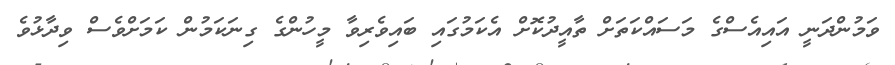
ވަމުންދަނީ އައިއެސްގެ މަސައްކަތަށް ތާއީދުކޮށް އެކަމުގައި ބައިވެރިވާ މީހުންގެ ގިނަކަމުން ކަމަށްވެސް ވިދާޅުވެ